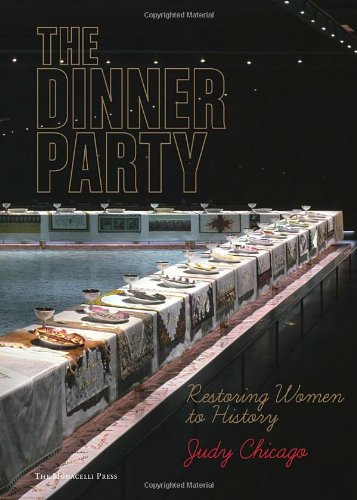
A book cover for The Dinner Party: Restoring Women to History; Judy Chicago; Arts & Photography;